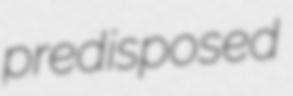
predisposed